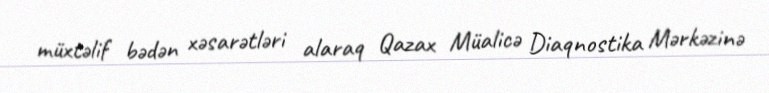
müxtəlif bədən xəsarətləri alaraq Qazax Müalicə Diaqnostika Mərkəzinə